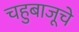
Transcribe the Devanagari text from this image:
चहुबाजूचे